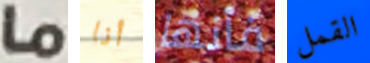
ما أنا فأنها القمل